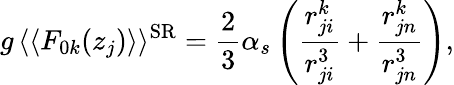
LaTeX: g\, \langle\langle F_{0k}(z_{j})\rangle\rangle^{\mathrm{SR}}=\frac{2}{3}\alpha_{s}\left(\frac{r_{ji}^{k}}{r_{ji}^{3}}+\frac{r_{jn}^{k}}{r_{jn}^{3}}\right),